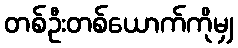
တစ်ဦးတစ်ယောက်ကိုမျှ